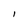
Character: l